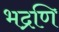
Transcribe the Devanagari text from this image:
भद्रणि